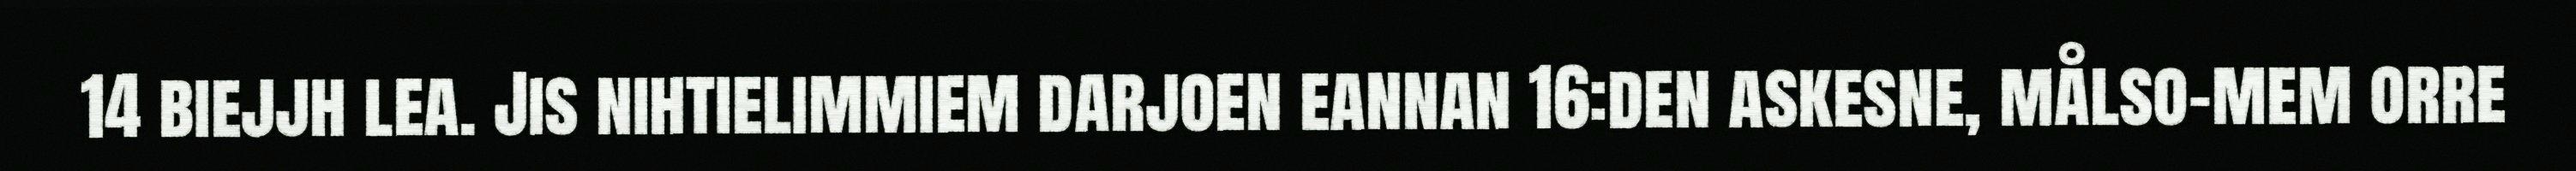
14 biejjh lea. Jis nihtielimmiem darjoen eannan 16:den askesne, målso-mem orre